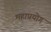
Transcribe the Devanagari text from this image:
महाप्रयोग